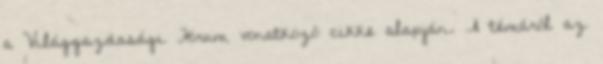
a Világgazdasági Fórum vonatkozó cikke alapján. A témáról az